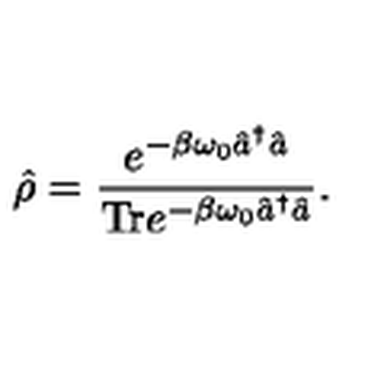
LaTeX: \hat { \rho } = \frac { e ^ { - \beta \omega _ { 0 } \hat { a } ^ { \dagger } \hat { a } } } { \mathrm { T r } e ^ { - \beta \omega _ { 0 } \hat { a } ^ { \dagger } \hat { a } } } .